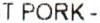
T PORK -